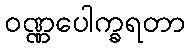
ဝဏ္ဏပေါက္ခရတာ